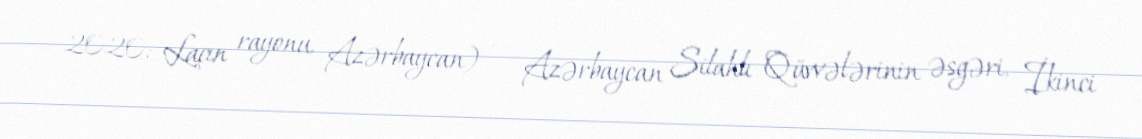
2020; Laçın rayonu, Azərbaycan) — Azərbaycan Silahlı Qüvvələrinin əsgəri, İkinci